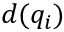
d ( q _ { i } )